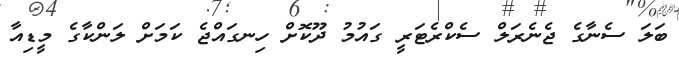
ބަލަ ސެނާގެ ޖެނެރަލް ސެކްރެޓަރީ ގައުމު ދޫކޮށް ހިނގައްޖެ ކަމަށް ލަންކާގެ މީޑިއާ